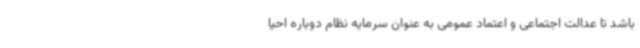
باشد تا عدالت اجتماعی و اعتماد عمومی به عنوان سرمایه نظام دوباره احیا